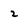
Character: 2